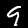
Digit: 9